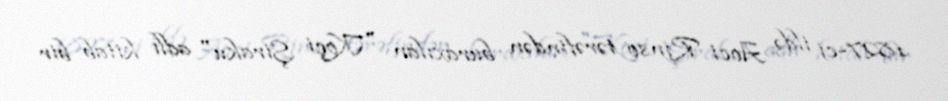
1827-ci ildə Aoci Rinso tərəfindən buraxılan "Koçi Şiraku" adlı kitab bir